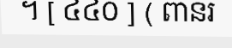
។ [ ៤៤០ ] ( ពានរ